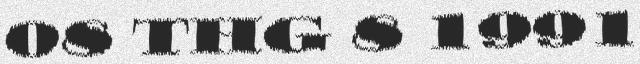
08 THG 8 1991